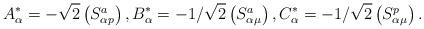
LaTeX: \begin{align*}A_\alpha^*=-\sqrt{2}\begin{pmatrix}S^a_{\alpha p}\end{pmatrix},B_\alpha^*=-1/\sqrt{2}\begin{pmatrix}S^a_{\alpha\mu}\end{pmatrix},C_\alpha^*=-1/\sqrt{2}\begin{pmatrix}S^p_{\alpha\mu}\end{pmatrix}.\end{align*}